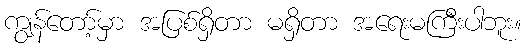
ကျွန်တော့်မှာ အပြစ်ရှိတာ မရှိတာ အရေးမကြီးပါဘူး။